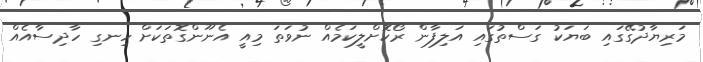
މަރިޔާދުގޭގައި ބަޔަކު ގަސްތުގައި އަލިފާން ރޯކޮށްލީކަމެއް ނުވަތަ މިއީ އެނޫންގޮތަކަށް ހިނގި ހާދިސާއެއް